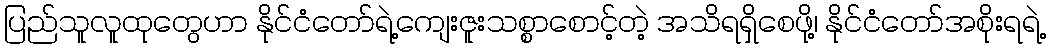
ပြည်သူလူထုတွေဟာ နိုင်ငံတော်ရဲ့ကျေးဇူးသစ္စာစောင့်တဲ့ အသိရရှိစေဖို့၊ နိုင်ငံတော်အစိုးရရဲ့